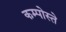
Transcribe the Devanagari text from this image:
कम्पोस्ते